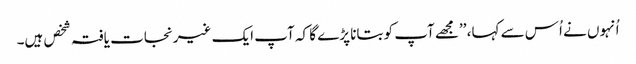
اُنہوں نے اُس سے کہا، ’’مجھے آپ کو بتانا پڑے گا کہ آپ ایک غیرنجات یافتہ شخص ہیں۔